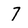
Character: 7